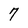
Character: 7